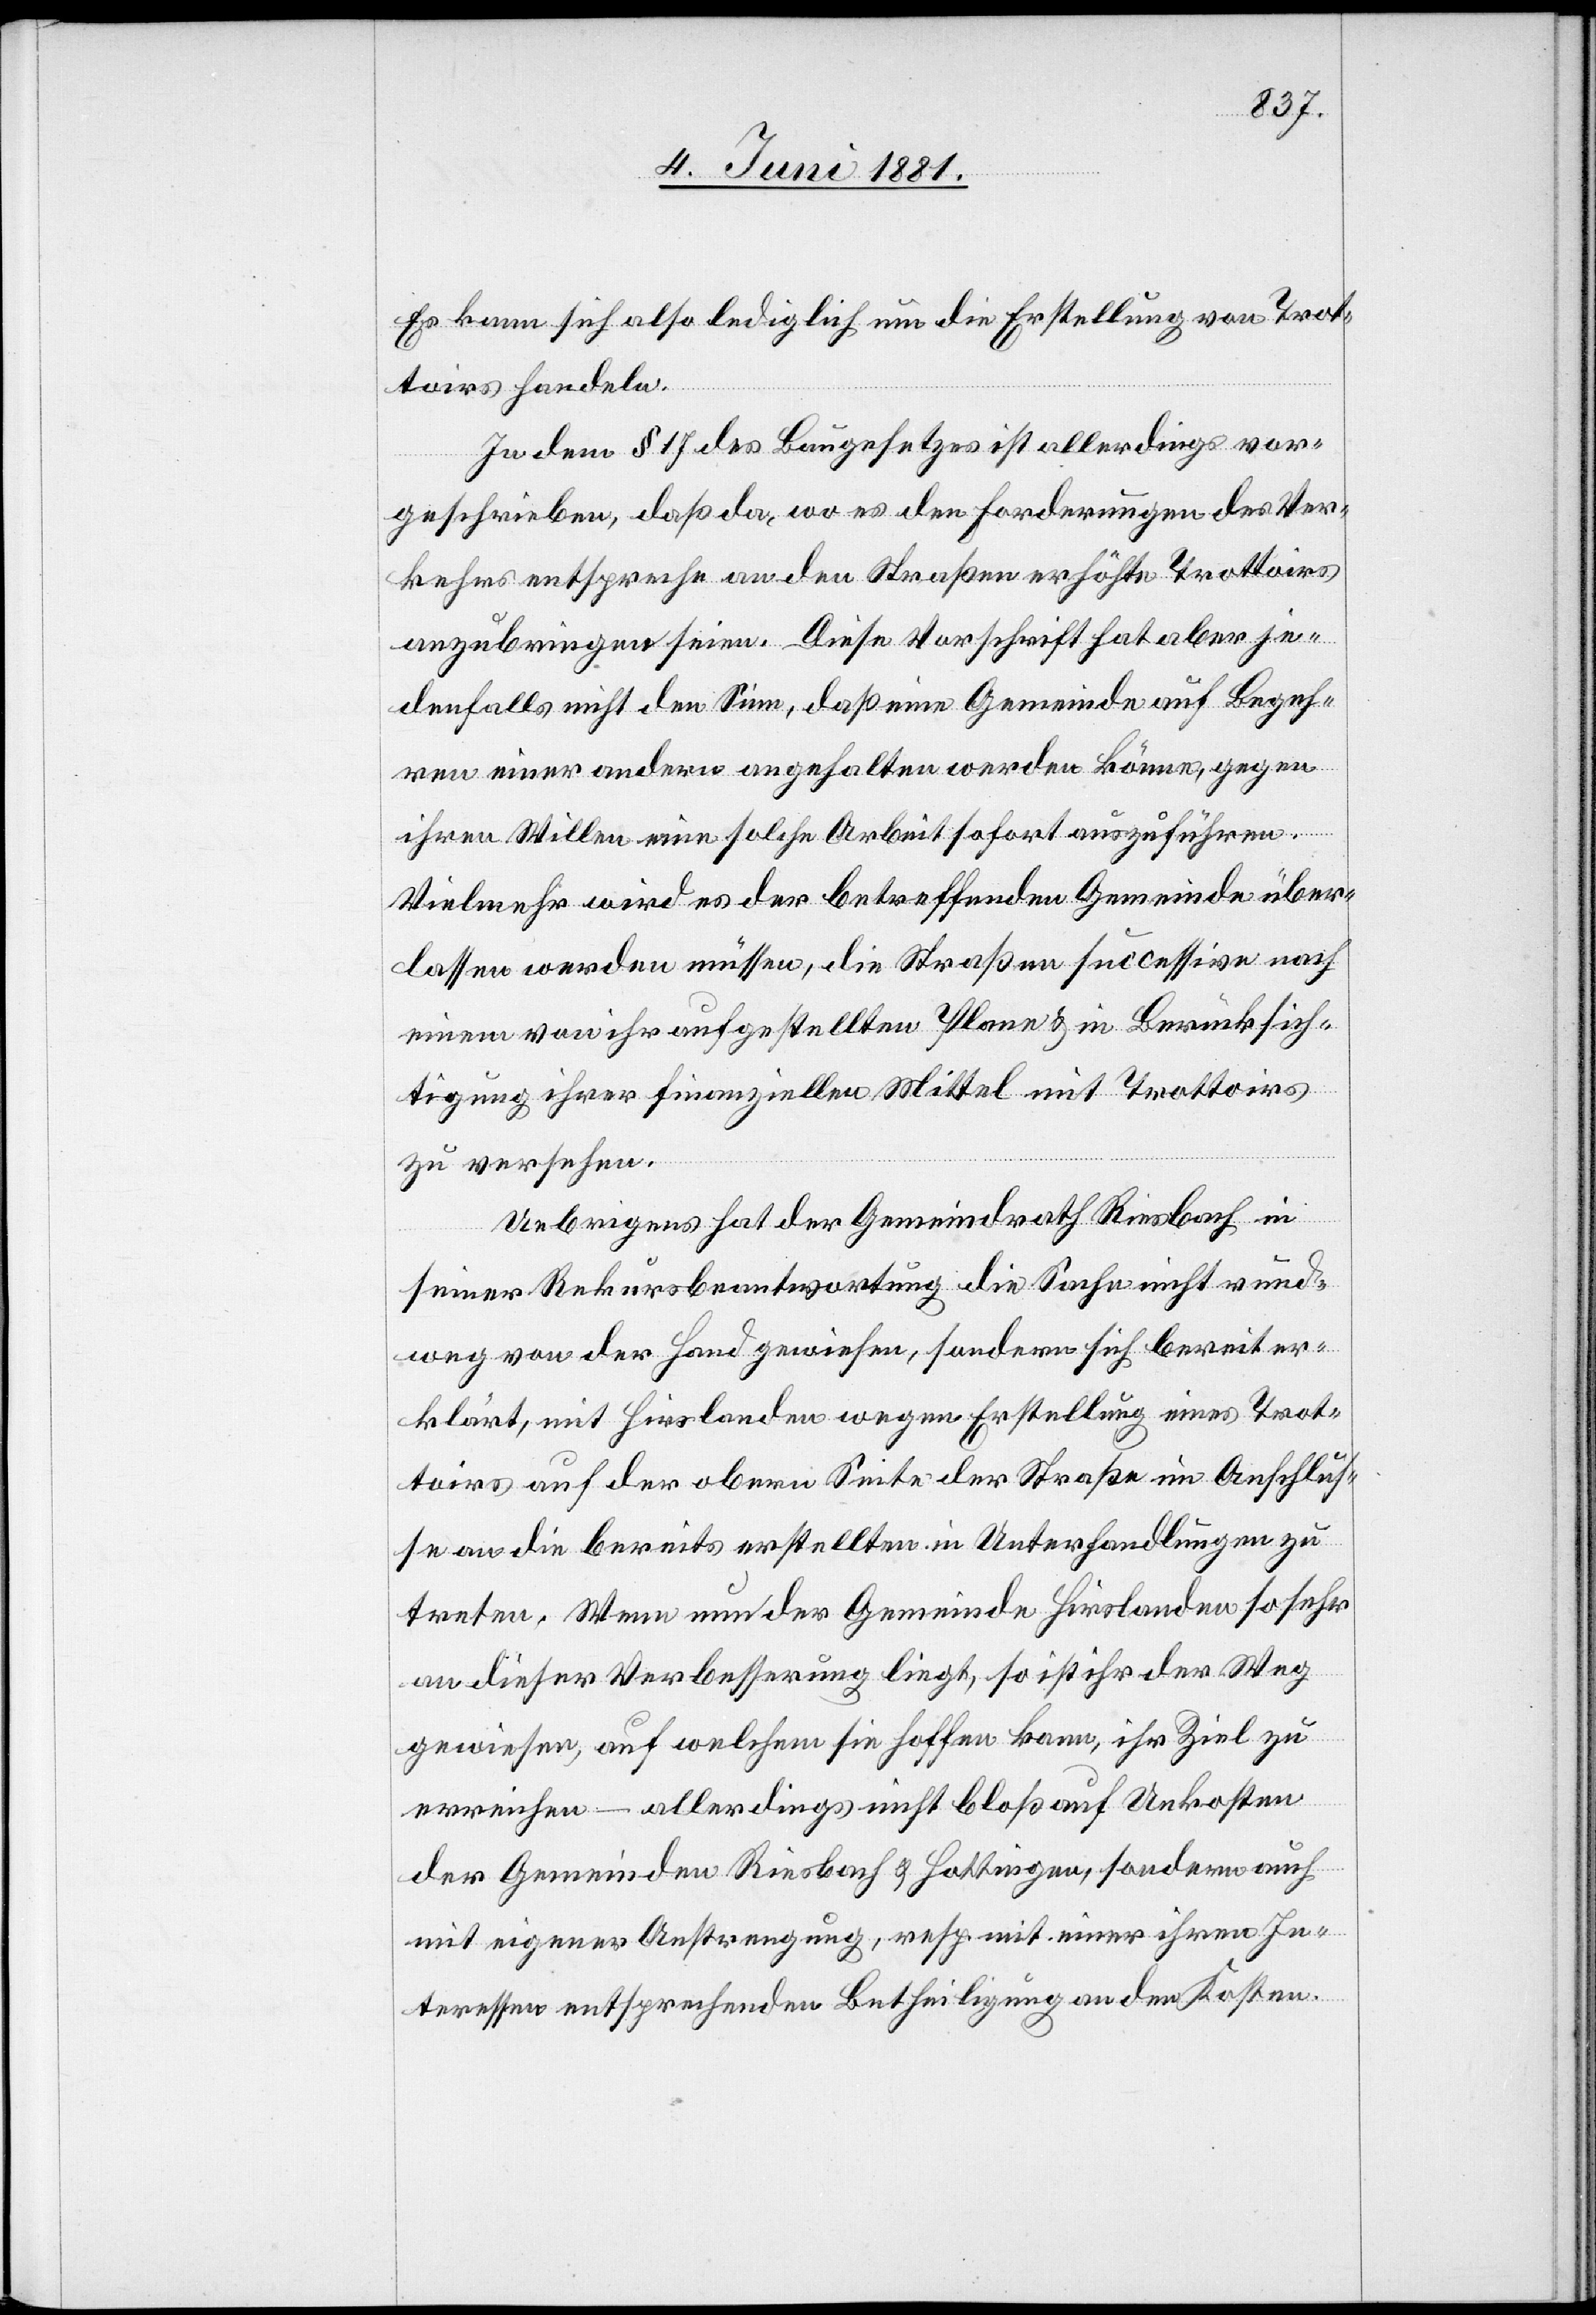
Es kann sich also lediglich um die Erstellung von Trot¬
toirs handeln.
In dem § 17 des Baugesetzes ist allerdings vor¬
geschrieben, daß da, wo es den Forderungen des Ver¬
kehrs entspreche an den Straßen erhöhte Trottoirs
anzubringen seien. Diese Vorschrift hat aber je¬
denfalls nicht den Sinn, daß eine Gemeinde auf Begeh¬
ren einer andern angehalten werden könne, gegen
ihren Willen eine solche Arbeit sofort auszuführen.
Vielmehr wird es der betreffenden Gemeinde über¬
lassen werden müssen, die Straßen successive nach
einem von ihr aufgestellten Plane & in Berücksich¬
tigung ihrer finanziellen Mittel mit Trottoirs
zu versehen.
Uebrigens hat der Gemeindrath Riesbach in
seiner Rekursbeantwortung die Sache nicht rund¬
weg von der Hand gewiesen, sondern sich bereit er¬
klärt, mit Hirslanden wegen Erstellung eines Trot¬
toirs auf der obern Seite der Straße ein Anschluß¬
e an die bereits erstellten in Unterhandlungen zu
treten. Wenn nun der Gemeinde Hirslanden so sehr
an dieser Verbesserung liegt, so ist ihr der Weg
gewiesen, auf welchem sie hoffen kann, ihr Ziel zu
erreichen – allerdings nicht bloß auf Unkosten
der Gemeinden Riesbach & Hottingen, sondern auch
mit eigener Anstrengung, resp. mit einer ihren In¬
teressen entsprechenden Betheiligung an den Kosten.